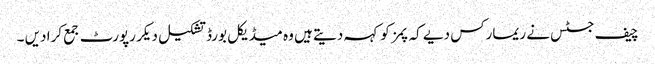
چیف جسٹس نے ریمارکس دیے کہ پمز کو کہہ دیتے ہیں وہ میڈیکل بورڈ تشکیل دیکر رپورٹ جمع کرا دیں ۔